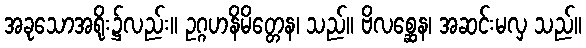
အခုသောအရိုး၌လည်း။ ဥဂ္ဂဟနိမိတ္တေန၊ သည်။ ဗိလစ္ဆေန၊ အဆင်းမလှ သည်။